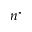
n ^ { \star }